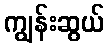
ကျွန်းဆွယ်